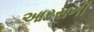
આરસની